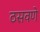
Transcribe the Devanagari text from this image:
ठसवणे